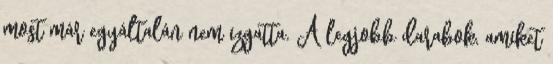
most már egyáltalán nem izgatta. A legjobb darabok, amiket